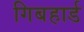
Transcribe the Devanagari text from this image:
गिबहार्ड